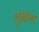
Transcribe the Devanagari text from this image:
शृंखंला